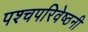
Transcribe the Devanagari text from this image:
पश्चपरिवेष्ठनी